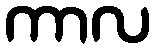
ကာလ